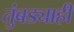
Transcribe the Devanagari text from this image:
तुंबड्याही